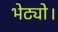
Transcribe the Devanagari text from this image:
भेट्यो।